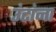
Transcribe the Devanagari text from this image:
उंटांना